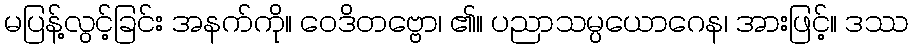
မပြန့်လွင့်ခြင်း အနက်ကို။ ဝေဒိတဗ္ဗော၊ ၏။ ပညာသမ္ပယောဂေန၊ အားဖြင့်။ ဒဿ